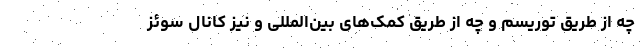
چه از طریق توریسم و چه از طریق کمک‌های بین‌المللی و نیز کانال سوئز